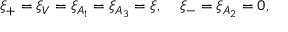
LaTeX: \xi _ { + } = \xi _ { V } = \xi _ { A _ { 1 } } = \xi _ { A _ { 3 } } = \xi , \; \; \; \; \xi _ { - } = \xi _ { A _ { 2 } } = 0 ,